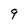
Character: 9